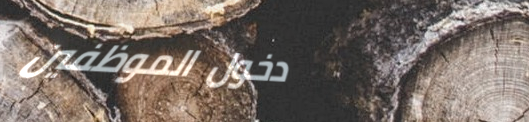
دخول الموظفين